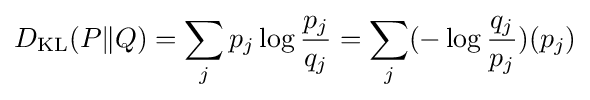
D_{\mathrm {KL} }(P\|Q)=\sum _{j}p_{j}\log {\frac {p_{j}}{q_{j}}}=\sum _{j}(-\log {\frac {q_{j}}{p_{j}}})(p_{j})